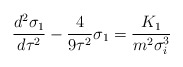
\begin{align*}\frac{d^2\sigma _1}{d\tau ^2}-\frac 4{9\tau ^2}\sigma _1=\frac{K_1}{m^2\sigma _i^3}\end{align*}